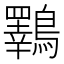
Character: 鸅